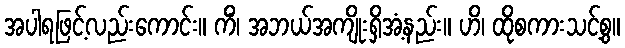
အပါရဖြင့်လည်းကောင်း။ ကိံ၊ အဘယ်အကျိုးရှိအံ့နည်း။ ဟိ၊ ထိုစကားသင့်စွ။